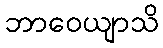
ဘာဝေယျာသိ